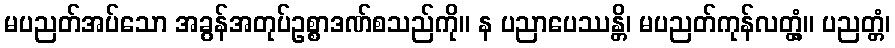
မပညတ်အပ်သော အခွန်အတုပ်ဥစ္စာဒဏ်စသည်ကို။ န ပညာပေဿန္တိ၊ မပညတ်ကုန်လတ္တံ့။ ပညတ္တံ၊